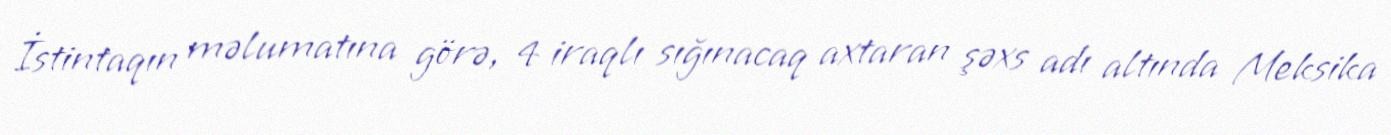
İstintaqın məlumatına görə, 4 iraqlı sığınacaq axtaran şəxs adı altında Meksika